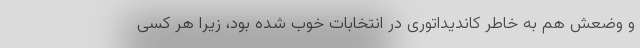
و وضعش هم به خاطر کاندیداتوری در انتخابات خوب شده بود، زیرا هر کسی